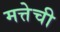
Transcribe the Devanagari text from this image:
मत्तेची